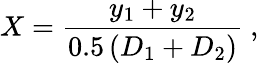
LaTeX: X=\frac{y_{1}+y_{2}}{0.5\left(D_{1}+D_{2}\right)}\mathrm{~,~}